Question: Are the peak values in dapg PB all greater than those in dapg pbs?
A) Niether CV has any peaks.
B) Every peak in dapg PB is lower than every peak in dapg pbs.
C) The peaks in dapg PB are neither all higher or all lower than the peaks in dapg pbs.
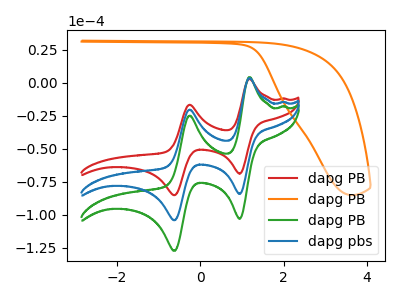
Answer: <think>The red curve "dapg PB" has anodic peaks at (1.15V, 2.85uA) (-0.25V, -16.70uA) and cathodic peaks at (0.95V, -68.90uA) (-0.60V, -85.15uA). The orange curve "dapg PB" has no peaks. The green curve "dapg PB" has anodic peaks at (1.15V, 6.95uA) (-0.25V, -40.80uA) and cathodic peaks at (0.95V, -168.45uA) (-0.60V, -208.25uA). The blue curve "dapg pbs" has anodic peaks at (1.15V, 3.45uA) (-0.25V, -20.40uA) and cathodic peaks at (0.95V, -84.20uA) (-0.60V, -104.15uA).</think>
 <answer>C) The peaks in "dapg PB" are neither all higher or all lower than the peaks in "dapg pbs".</answer>
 <eval>C</eval>